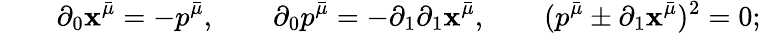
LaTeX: \qquad\partial_{0}\mathbf{x}^{\bar{{\mu}}}=-p^{\bar{{\mu}}},\qquad\partial_{0}p^{\bar{{\mu}}}=-\partial_{1}\partial_{1}\mathbf{x}^{\bar{{\mu}}},\qquad(p^{\bar{{\mu}}}\pm\partial_{1}\mathbf{x}^{\bar{{\mu}}})^{2}=0;